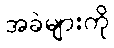
အခဲများကို